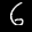
Label: 6